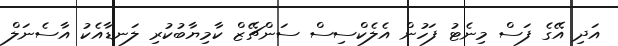
އަދި އޭގެ ފަސް މިނެޓު ފަހުން އެލެކްސިސް ސަންޗޭޒް ކާމިޔާބުކުރި ލަނޑާއެކު އާސެނަލް